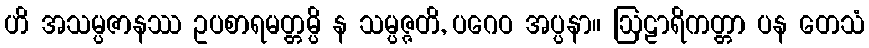
ဟိ အသမ္ပဇာနဿ ဥပစာရမတ္တမ္ပိ န သမ္ပဇ္ဇတိ, ပဂေဝ အပ္ပနာ။ ဩဠာရိကတ္တာ ပန တေသံ